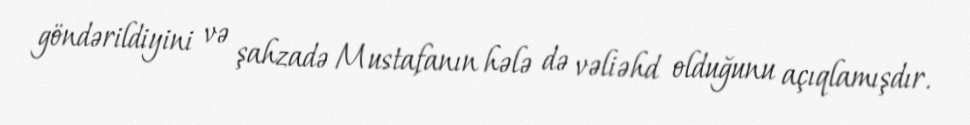
göndərildiyini və şahzadə Mustafanın hələ də vəliəhd olduğunu açıqlamışdır.